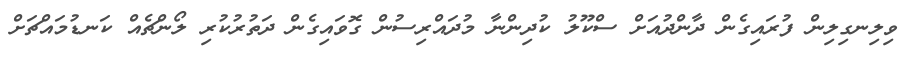
ވިލިނގިލިން ފުރައިގެން ދާންދުއަށް ސްކޫލު ކުދިންނާ މުދައްރިސުން ގޮވައިގެން ދަތުރުކުރި ލޯންޗެއް ކަނޑުމައްޗަށް